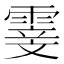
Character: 𮦢